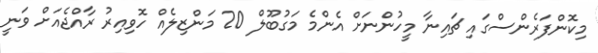
މިކޮންފަރެންސްގައި ޗައިނާ މީހުންނަށް އެންމެ މަގުބޫލް 20 މަންޒިލެއް ހޮވިއިރު ރާއްޖެއަށް ވަނީ